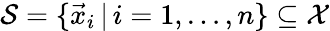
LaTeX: \mathcal{S}=\{ \vec{x}_{i}\, |\, i=1,\dots,n\} \subseteq\mathcal{X}